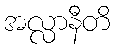
အလ္လာနီတိ